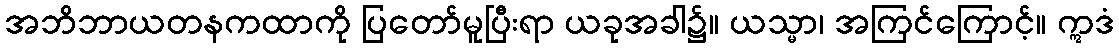
အဘိဘာယတနကထာကို ပြတော်မူပြီးရာ ယခုအခါ၌။ ယသ္မာ၊ အကြင်ကြောင့်။ ဣဒံ